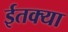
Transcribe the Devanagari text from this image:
ईतक्या